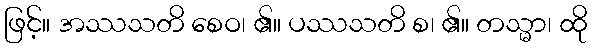
ဖြင့်။ အဿသတိ စေဝ၊ ၏။ ပဿသတိ စ၊ ၏။ တသ္မာ၊ ထို